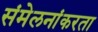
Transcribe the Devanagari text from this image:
संमेलनांकरता